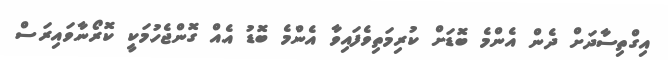
އިގްތިސާދަށް ދެން އެންމެ ބޮޑަށް ކުރިމަތިވެފައިވާ އެންމެ ބޮޑު އެއް ގޮންޖެހުމަކީ ކޮރޯނާވައިރަސް